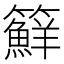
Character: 䉳